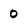
Character: 0